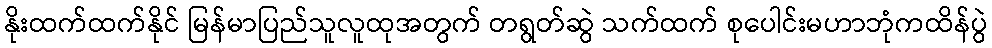
နိုးထက်ထက်နိုင် မြန်မာပြည်သူလူထုအတွက် တရွတ်ဆွဲ သက်ထက် စုပေါင်းမဟာဘုံကထိန်ပွဲ